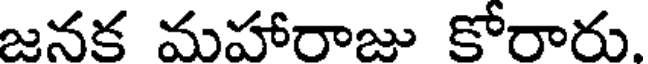
జనక మహారాజు కోరారు.